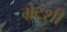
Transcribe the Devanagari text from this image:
ग्रेटशी